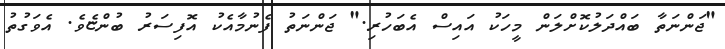
"ޖަންނަތާ ބައްދަލުކޮށްލަން މީހަކު އައިސް އެބަހުރި." ޖަންނަތު ފެނުމާއެކު އޮފިސަރު ބުންޏެވެ. އެވަގުތު